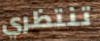
تنتظري